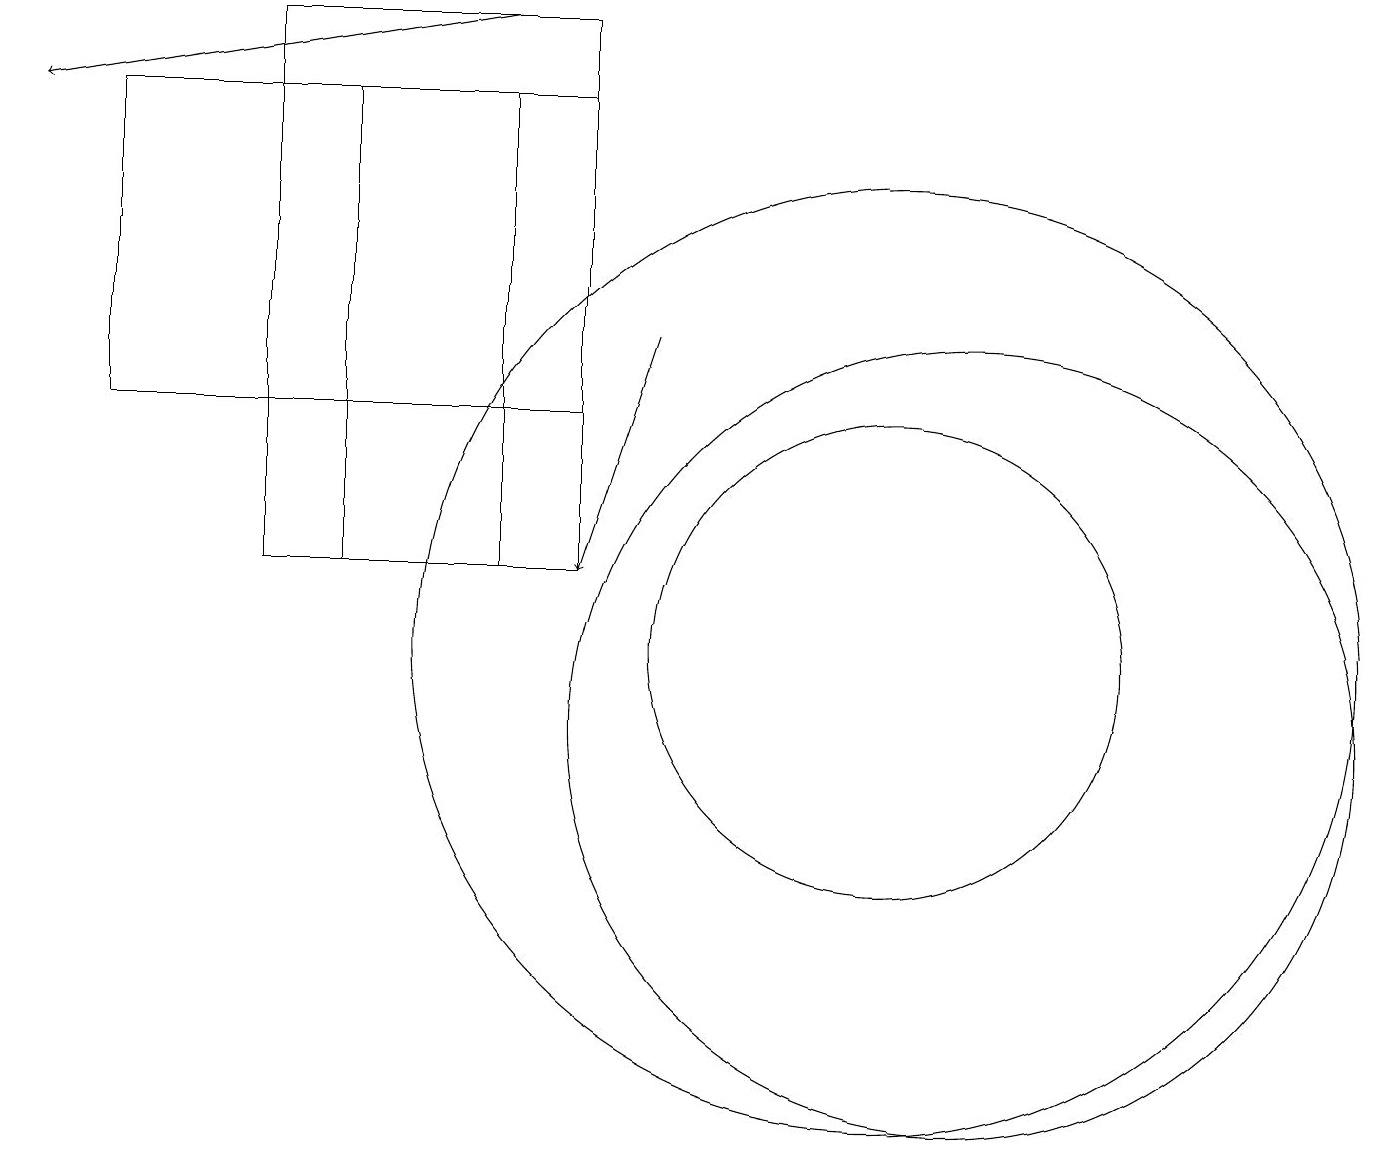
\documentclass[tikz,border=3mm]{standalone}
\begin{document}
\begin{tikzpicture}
\draw[->] (8,15) -- (7,12);
\draw (12,10) circle (5);
\draw (11,11) circle (6);
\draw (4,12) rectangle (6,18);
\draw[->] (6,19) -- (0,18);
\draw (1,18) rectangle (7,14);
\draw (3,12) rectangle (7,19);
\draw (11,11) circle (3);
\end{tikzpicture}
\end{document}